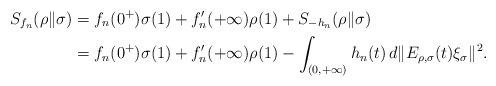
LaTeX: \begin{align*}S_{f_n}(\rho\|\sigma)&=f_n(0^+)\sigma(1)+f_n'(+\infty)\rho(1)+S_{-h_n}(\rho\|\sigma) \\&=f_n(0^+)\sigma(1)+f_n'(+\infty)\rho(1)-\int_{(0,+\infty)}h_n(t)\,d\|E_{\rho,\sigma}(t)\xi_\sigma\|^2.\end{align*}